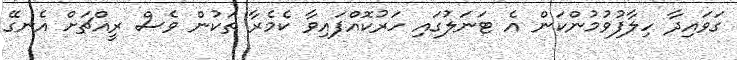
ގަވައިދާ ހިލާފުވުމުންކަން އެ ޓަނަލުގައި ހަރުކޮއްފައިވާ ކެމެރާ ތަކުން ވެސް ރީއްޗަށް އެނގޭ